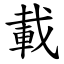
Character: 載